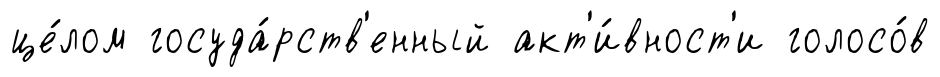
це́лом госуда́рств'енный акт'и́вност'и голосо́в